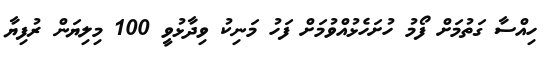
ހިއްސާ ގަތުމަށް ފޯމު ހުށަހެޅުއްވުމަށް ފަހު މަނިކު ވިދާޅުވީ 100 މިލިޔަން ރުފިޔާ